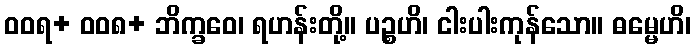
ဝဝရ+ ဝဝ၈+ ဘိက္ခဝေ၊ ရဟန်းတို့။ ပဉ္စဟိ၊ ငါးပါးကုန်သော။ ဓမ္မေဟိ၊